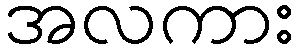
အလကား